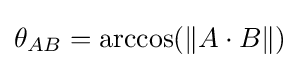
\theta _{AB}=\arccos(\lVert A\cdot B\rVert )